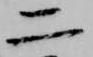
二